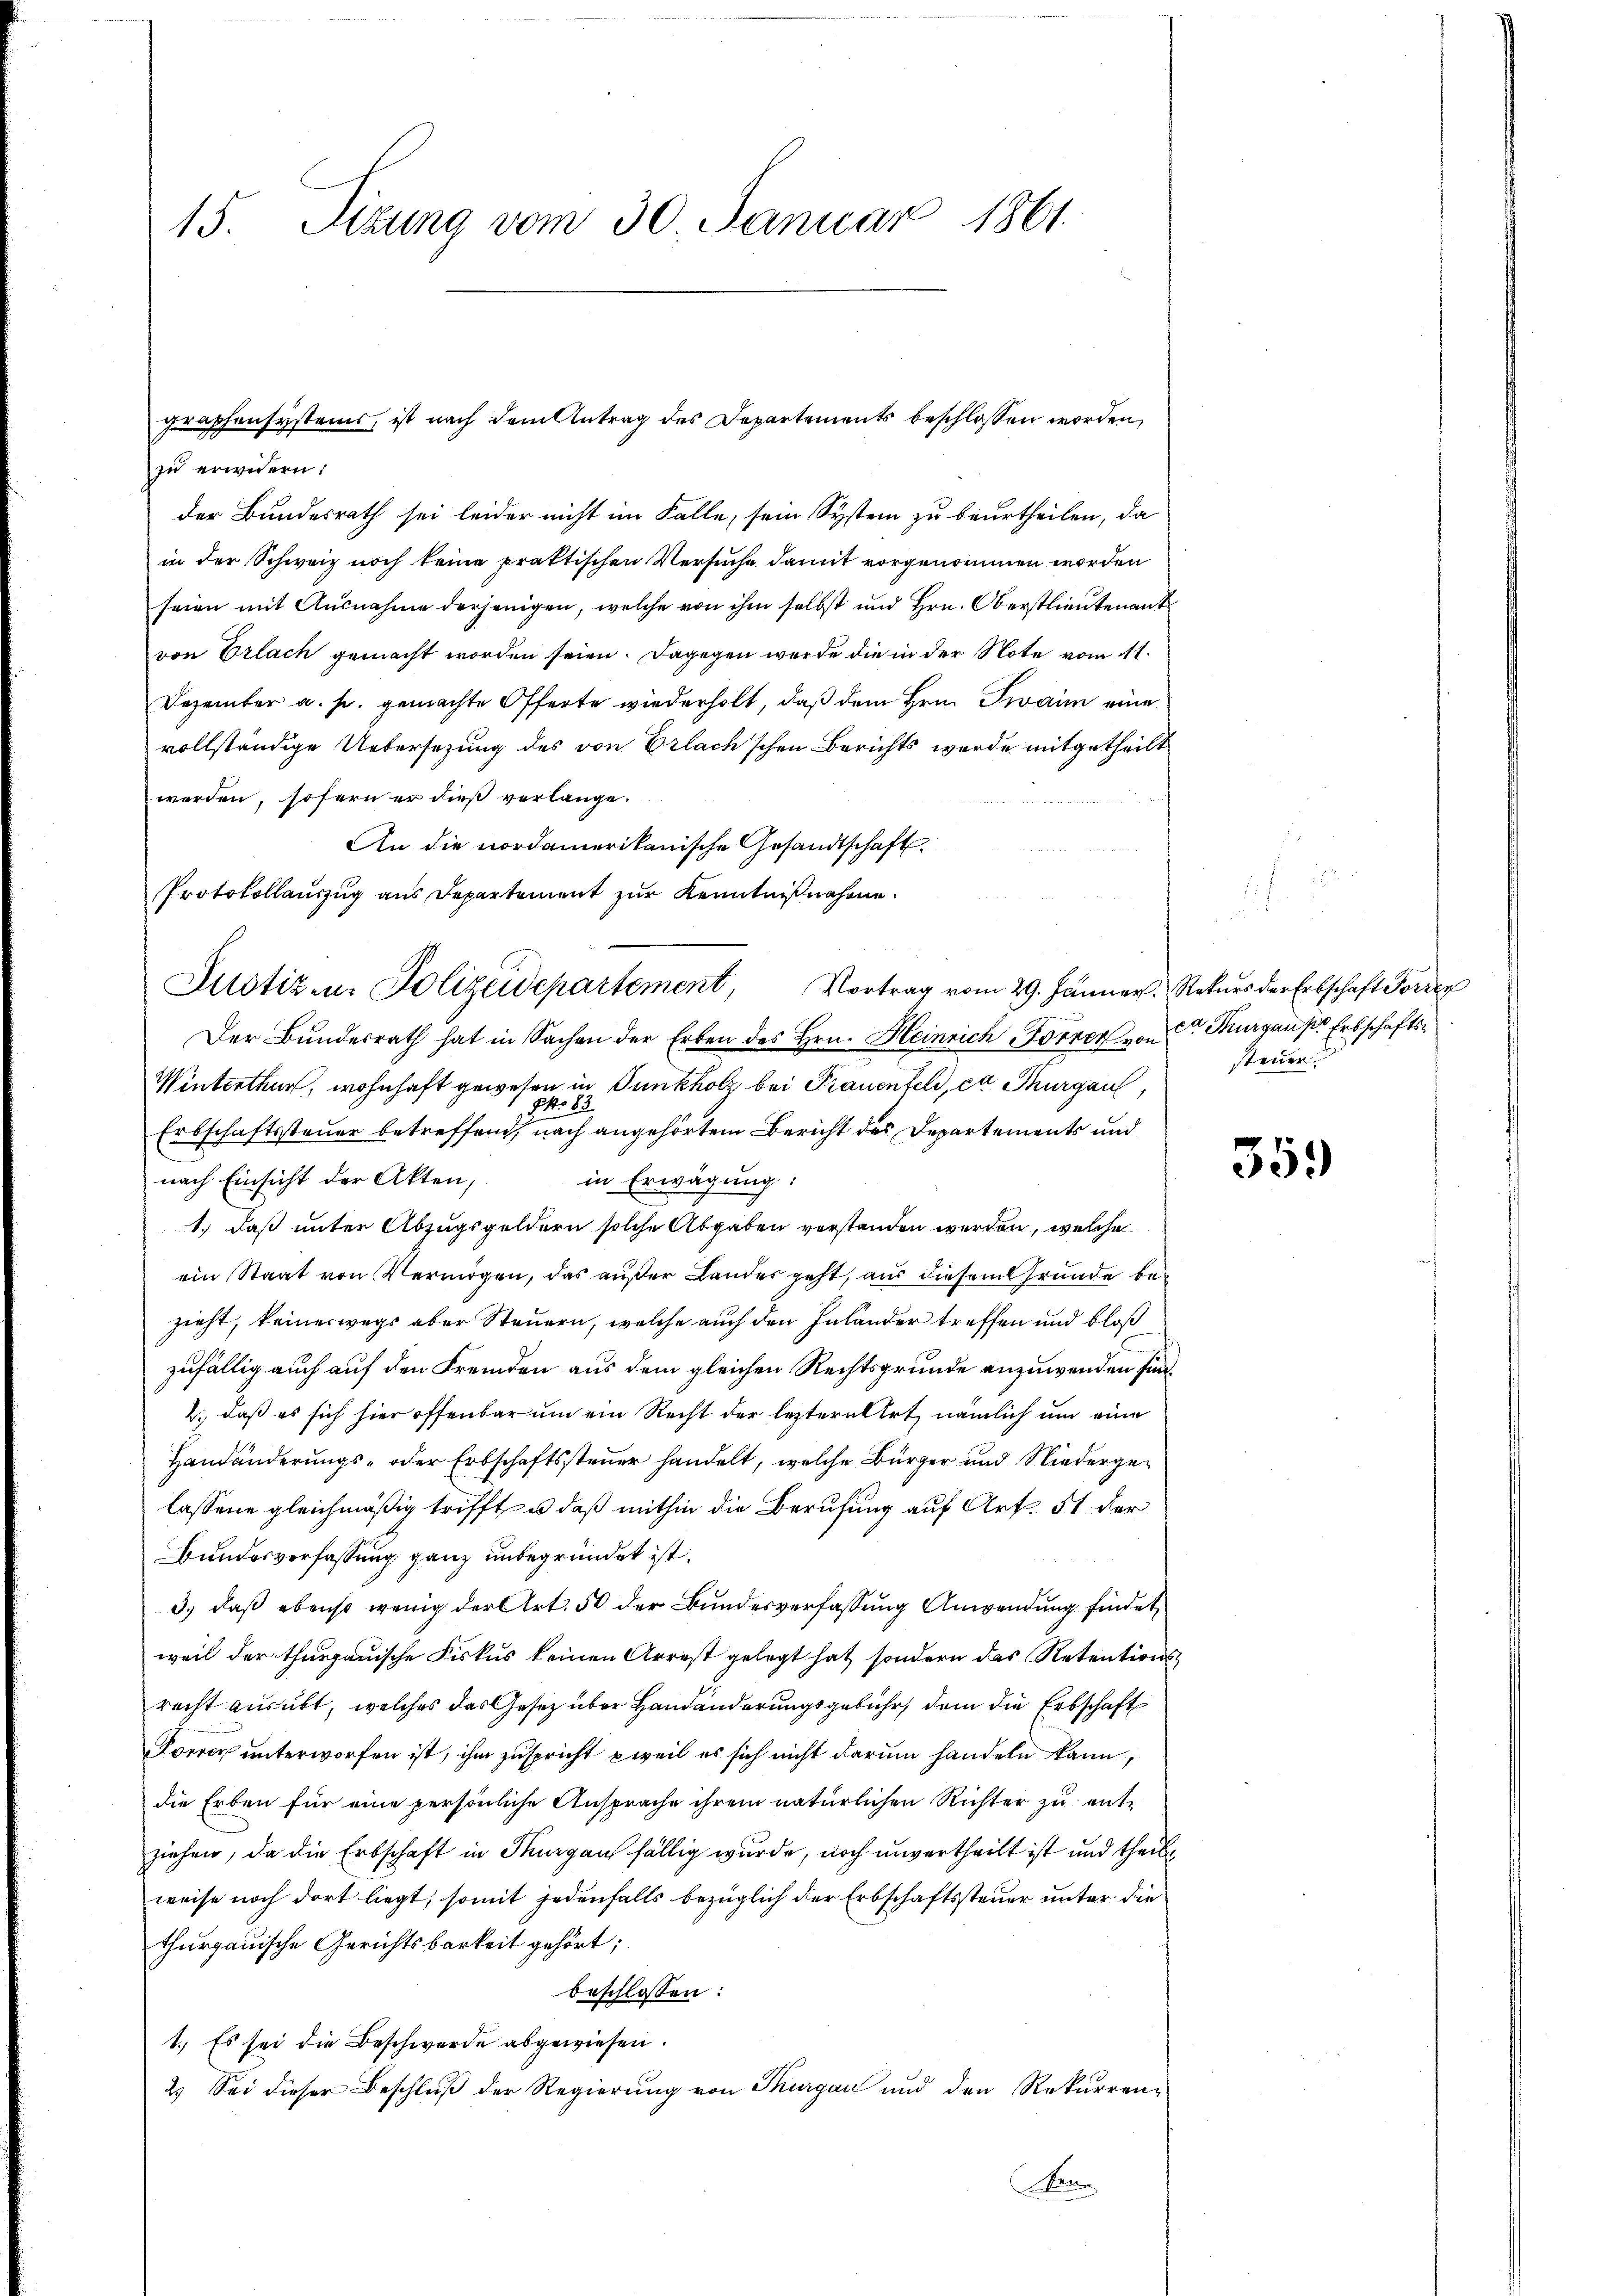
15. Sizung vom 30. Januar 1861.

zu erwidern:
der Bundesrath sei leider nicht im Falle, sein System zu beurtheilen, da
in der Schweiz noch keine praktischen Versuche damit vorgenommen worden
seien mit Ausnahme derjenigen, welche von ihm selbst und Hrn. Oberstlieutenant
von Erlach gemacht worden seien. Dagegen werde die in der Note vom 11.
Dezember a. s. gemachte Offerte wiederholt, daß dem Hrn. Zwaim eine
vollständige Untersetzung des von Erlach'schen Berichts wurde mitgetheilt
werden, sofern er dieß verlange.
An die nordamerikanische Gesandtschaft
Der Bundesrath hat in Sachen der Erben des Hrn. Heinrich Forrer von Sr. Kurgaus Erbschafts¬
Winterthur, wohnhaft gewesen in Tunkholz bei Frauenfeld, en Thurgau,
J No 13.
Erbschaftssteuer betreffend, nach angehörtem Bericht des Departements und
nach Einsicht der Akten,
in Erwägung:
1.) Daß unter Abzugsgeldern solche Abgaben verstanden werden, welche
ein Staat von Vermögen, das außer Landes geht, aus diesem Grunde bezieht, keineswegs aber Steuern, welche auch den Inlander treffen und bloß
zufällig auch auf den Fremden aus dem gleichen Rechtsgrunde anzuwenden sind,
2., daß es sich hier offenbar um ein Recht der leztere Art, nämlich um eine
Handänderungs- oder Erbschaftssteuer handelt, welche Bürger und Niedergelassene gleichmäßig trifft, u. daß mithin die Berufung auf Art. 51 der
Bundesverfassung ganz unbegründet ist.
3.) daß ebenso wenig der Art. 50 der Bundesverfassung Anwendung findet,
weil der thurgauische Fiskus keinen Arrest gelegt hat, sondern das Retentionsrecht ausübt, welches das Gesetz über Handänderungsgebühr, dem die Erbschaft
Forrer unterworfen ist, ihm zuspricht weil es sich nicht darum handeln kann,
die Erben für eine persönliche Ansprache ihrem natürlichen Richter zu ent-
ziehen, da die Erbschaft in Thurgau fällig wurde, noch unvertheilt ist und theil
weise noch dort liegt, somit jedenfalls bezüglich der Erbschaftssteuer unter die
thurgauische Gerichtsbarkeit gehört;
beschlossen:
1.) Es sei die Beschwerde abgewiesen.
2.) Sei dieser Beschleiß der Regierung von Thurgau und den Rekurren-
Ne

graphensystems, ist nach dem Antrag des Departements beschlossen worden,

Protokollauszug aus Departement zur Kenntnißnahme.
Justiz- u. Polizeidepartement, Vortrag vom 29. Jänner Rekurs der Erbschaft Forre

steuer

359